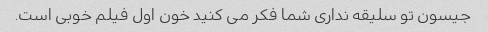
جیسون تو سلیقه نداری شما فکر می کنید خون اول فیلم خوبی است.